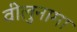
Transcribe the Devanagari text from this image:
वीलुनामा